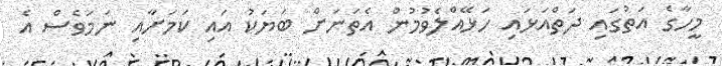
މީހާގެ އަތުގައި ދަތްއަޅައި ހަޅޭއްލެވުމުން އެތަނަށް ބަޔަކު އައި ކަމަށާއި ނަމަވެސް އެ